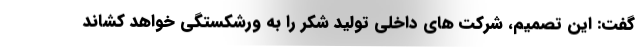
گفت: این تصمیم، شرکت های داخلی تولید شکر را به ورشکستگی خواهد کشاند